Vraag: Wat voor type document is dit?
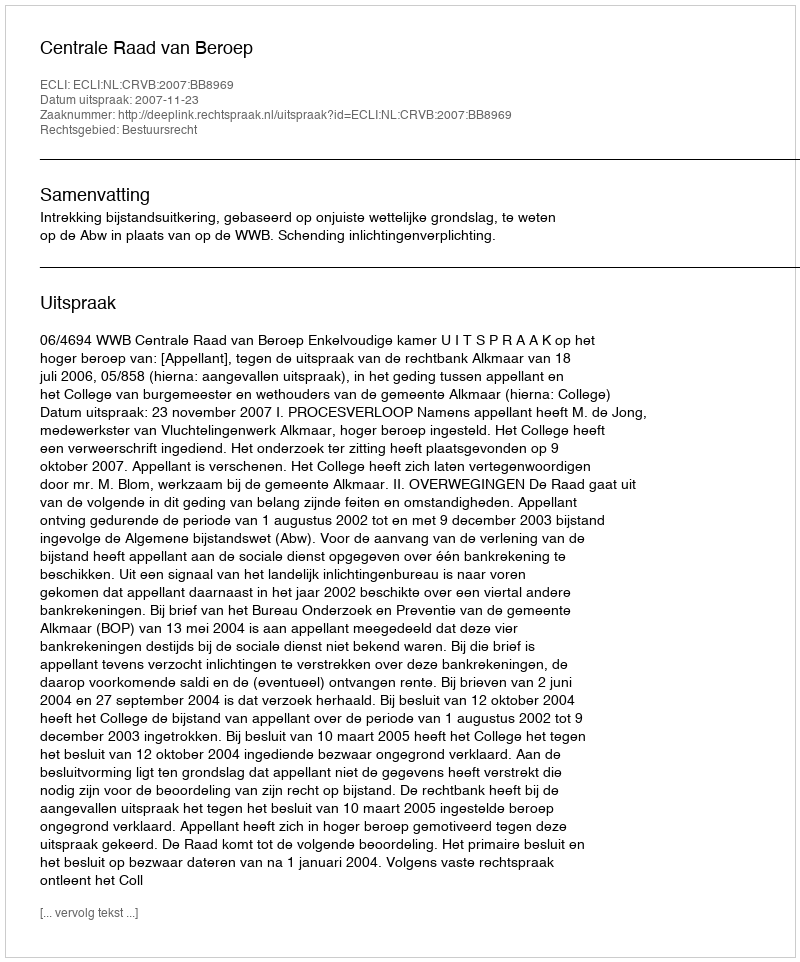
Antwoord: Uitspraak